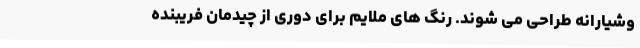
وشیارانه طراحی می شوند. رنگ های ملایم برای دوری از چیدمان فریبنده